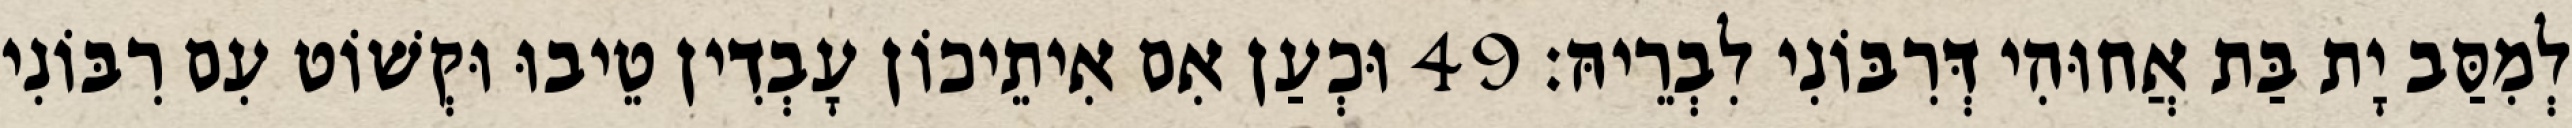
לְמִסַּב יָת בַּת אֲחוּהִי דְּרִבּוֹנִי לִבְרֵיהּ׃ 49 וּכְעַן אִם אִיתֵיכוֹן עָבְדִין טֵיבוּ וּקְשׁוֹט עִם רִבּוֹנִי